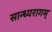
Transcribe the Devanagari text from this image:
सान्ध्यरागम्